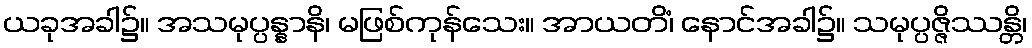
ယခုအခါ၌။ အသမုပ္ပန္နာနိ၊ မဖြစ်ကုန်သေး။ အာယတိံ၊ နောင်အခါ၌။ သမုပ္ပဇ္ဇိဿန္တိ၊